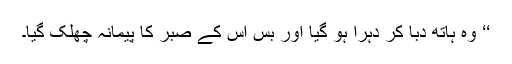
‘‘ وہ ہاتھ دبا کر دہرا ہو گیا اور بس اس کے صبر کا پیمانہ چھلک گیا۔